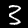
Digit: 3